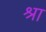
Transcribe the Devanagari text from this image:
श्रा